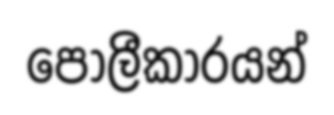
පොලීකාරයන්